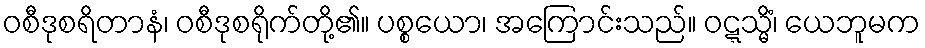
ဝစီဒုစရိတာနံ၊ ဝစီဒုစရိုက်တို့၏။ ပစ္စယော၊ အကြောင်းသည်။ ဝဋ္ဋသ္မိံ၊ ယေဘူမက